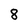
Character: 8